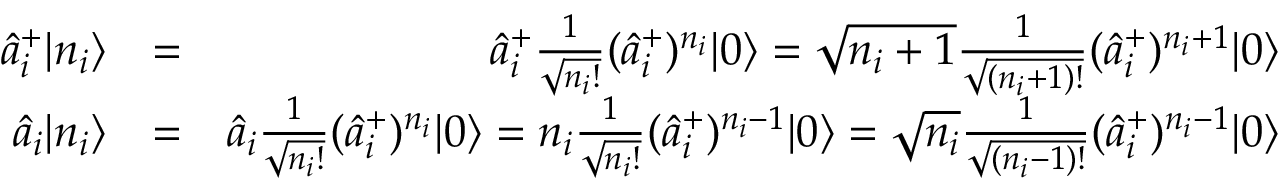
\begin{array} { r l r } { \hat { a } _ { i } ^ { + } | n _ { i } \rangle } & { = } & { \hat { a } _ { i } ^ { + } \frac { 1 } { \sqrt { n _ { i } ! } } ( \hat { a } _ { i } ^ { + } ) ^ { n _ { i } } | 0 \rangle = \sqrt { n _ { i } + 1 } \frac { 1 } { \sqrt { ( n _ { i } + 1 ) ! } } ( \hat { a } _ { i } ^ { + } ) ^ { n _ { i } + 1 } | 0 \rangle } \\ { \hat { a } _ { i } | n _ { i } \rangle } & { = } & { \hat { a } _ { i } \frac { 1 } { \sqrt { n _ { i } ! } } ( \hat { a } _ { i } ^ { + } ) ^ { n _ { i } } | 0 \rangle = n _ { i } \frac { 1 } { \sqrt { n _ { i } ! } } ( \hat { a } _ { i } ^ { + } ) ^ { n _ { i } - 1 } | 0 \rangle = \sqrt { n _ { i } } \frac { 1 } { \sqrt { ( n _ { i } - 1 ) ! } } ( \hat { a } _ { i } ^ { + } ) ^ { n _ { i } - 1 } | 0 \rangle } \end{array}